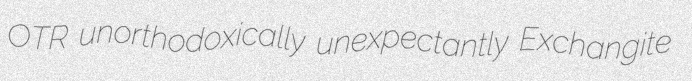
OTR unorthodoxically unexpectantly Exchangite